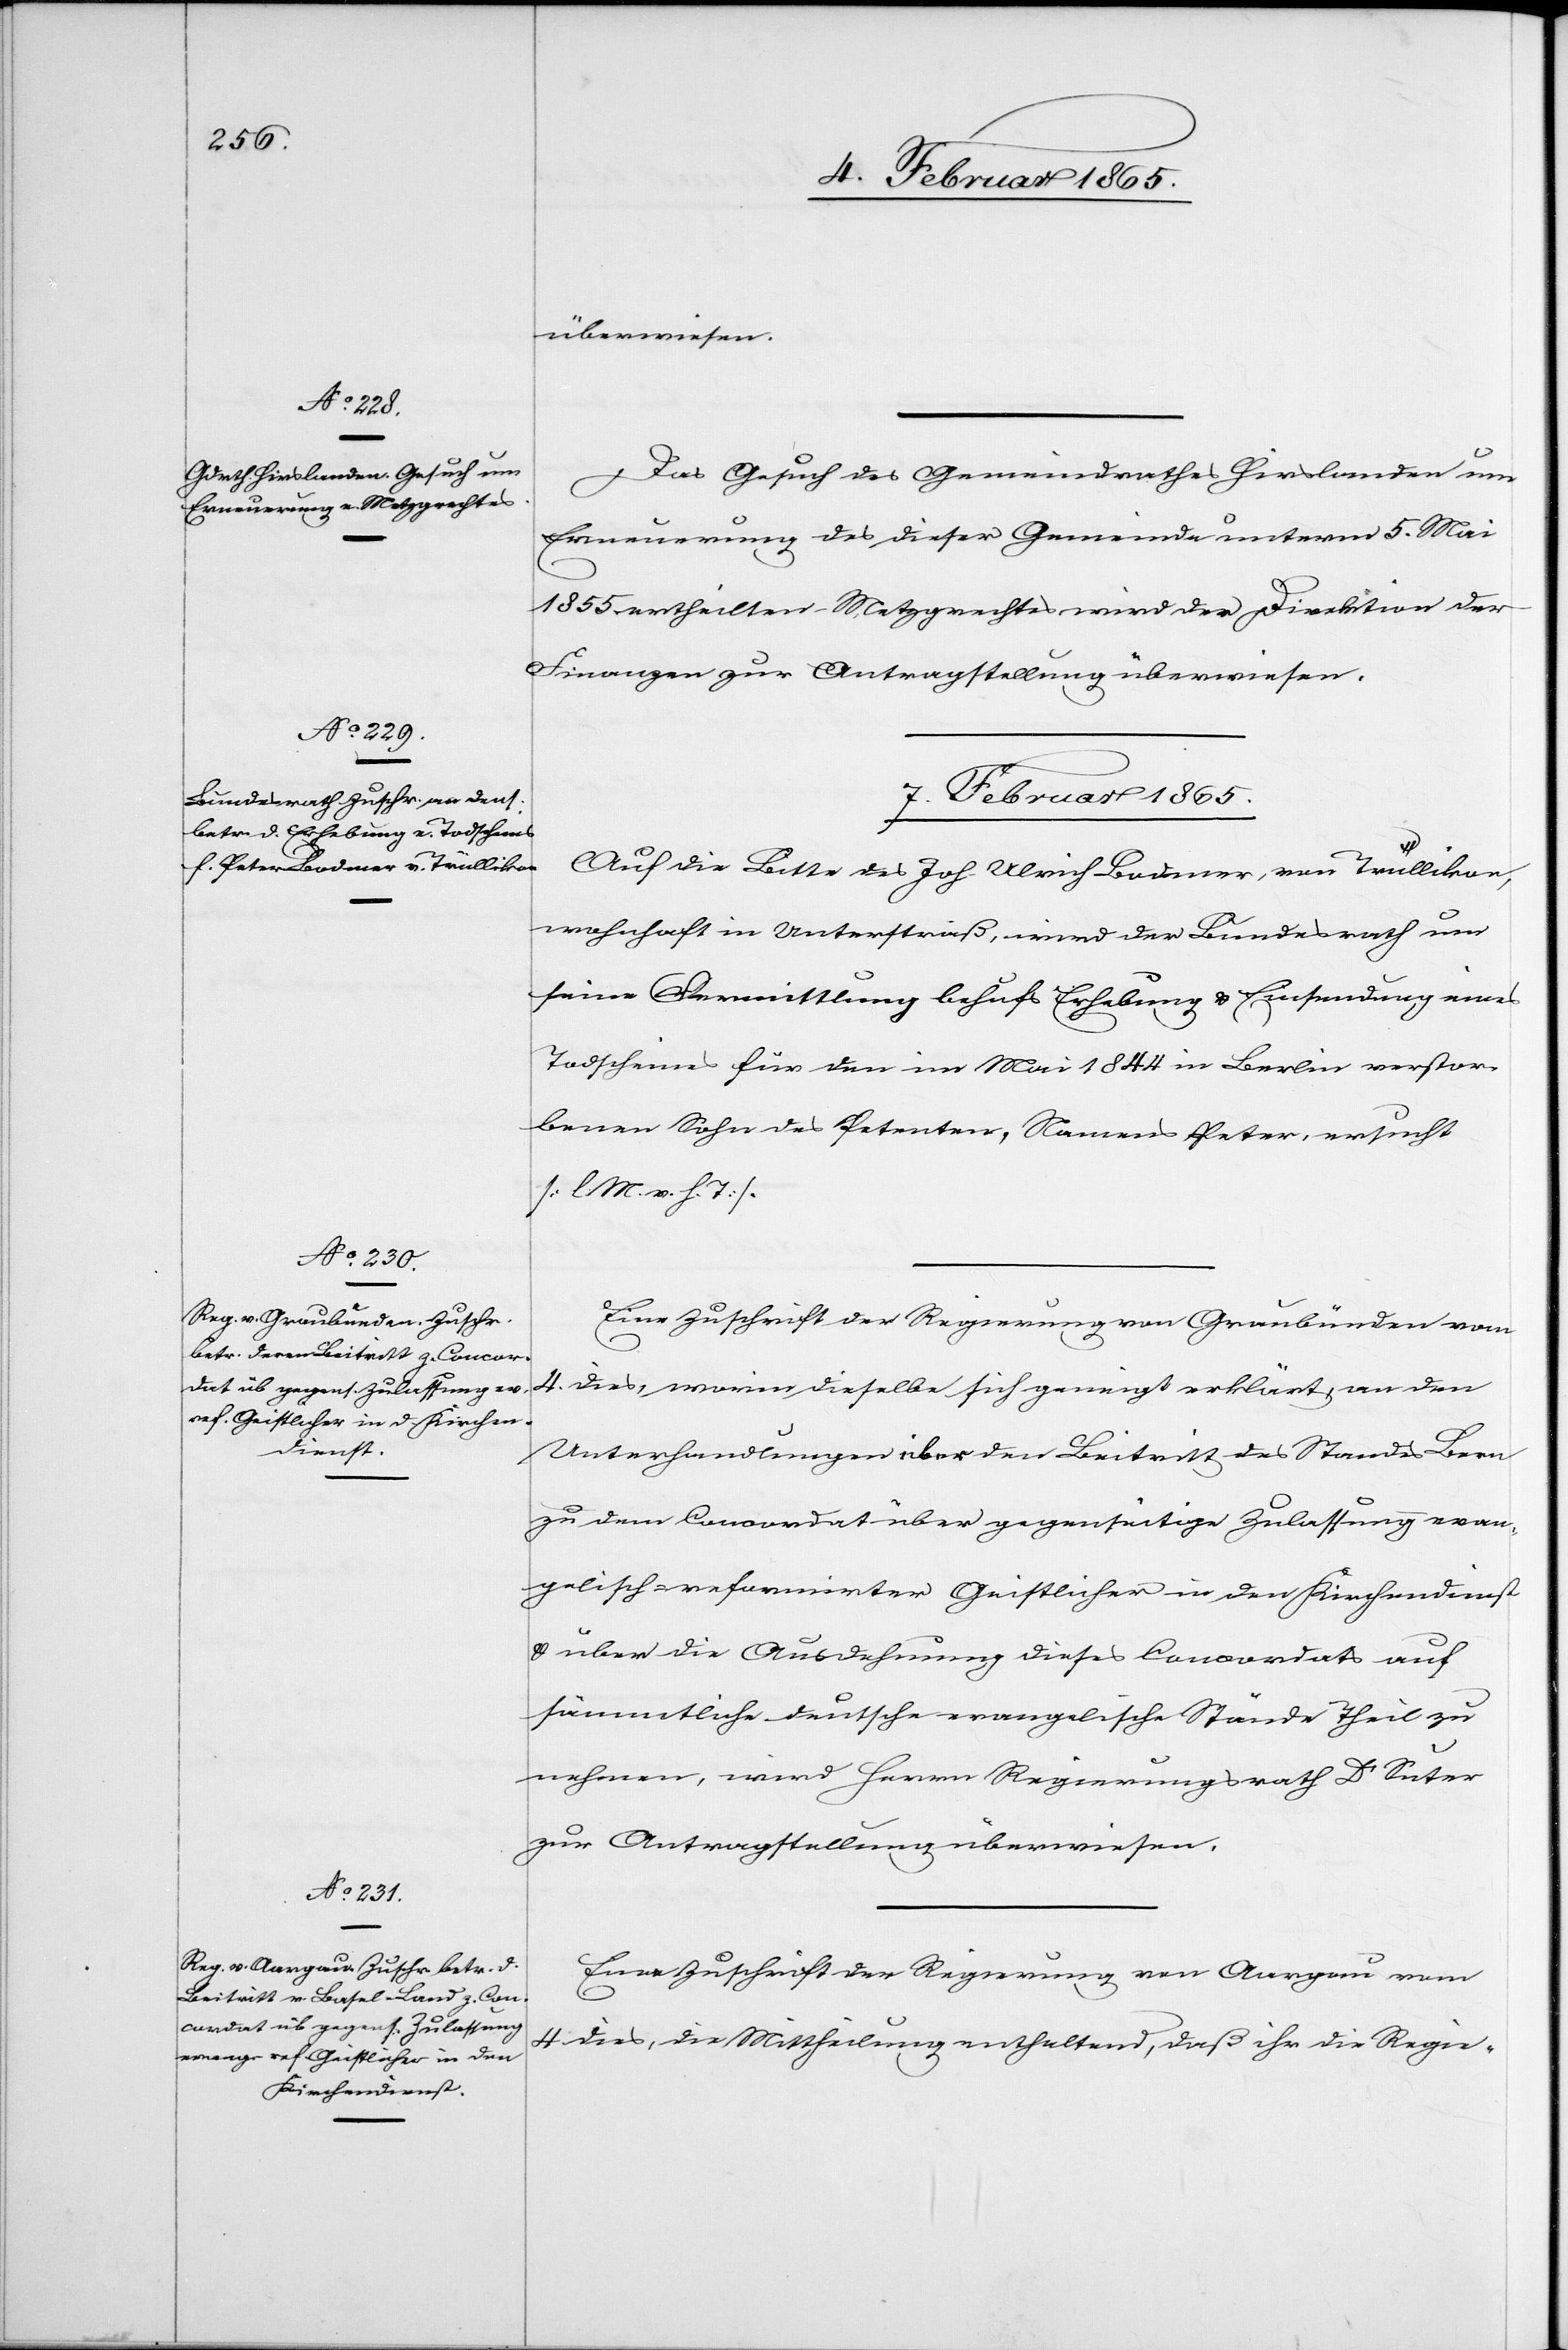
4. Februar 1865.]
überwiesen.
Das Gesuch des Gemeindrathes Hirslanden um
Erneuerung des dieser Gemeinde unterm 5. Mai
1855 ertheilten Metzgrechtes wird der Direktion der
Finanzen zur Antragstellung überwiesen.
7. Februar 1865.]
Auf die Bitte des Joh. Ulrich Bodmer, von Trüllikon,
wohnhaft in Unterstraß, wird der Bundesrath um
seine Vermittlung behufs Erhebung u. Einsendung eines
Todscheins für den im Mai 1844 in Berlin verstor¬
benen Sohn des Petenten, Namens Peter, ersucht
[l. M. v. h. T].
Eine Zuschrift der Regierung von Graubünden vom
4. dies, worin dieselbe sich geneigt erklärt, an den
Unterhandlungen über den Beitritt des Standes Bern
zu dem Concordat über gegenseitige Zulassung evan¬
gelisch-reformirter Geistlicher in den Kirchendienst
u. über die Ausdehnung dieses Concordats auf
sämmtliche deutsche evangelische Stände Theil zu
nehmen, wird Herrn Regierungsrath Dr Suter
zur Antragstellung überwiesen.
Eine Zuschrift der Regierung von Aargau vom
4. dies, die Mittheilung enthaltend, daß ihr die Regie-